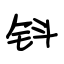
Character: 钭